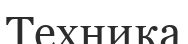
Техника